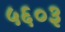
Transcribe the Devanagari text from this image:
५६०३